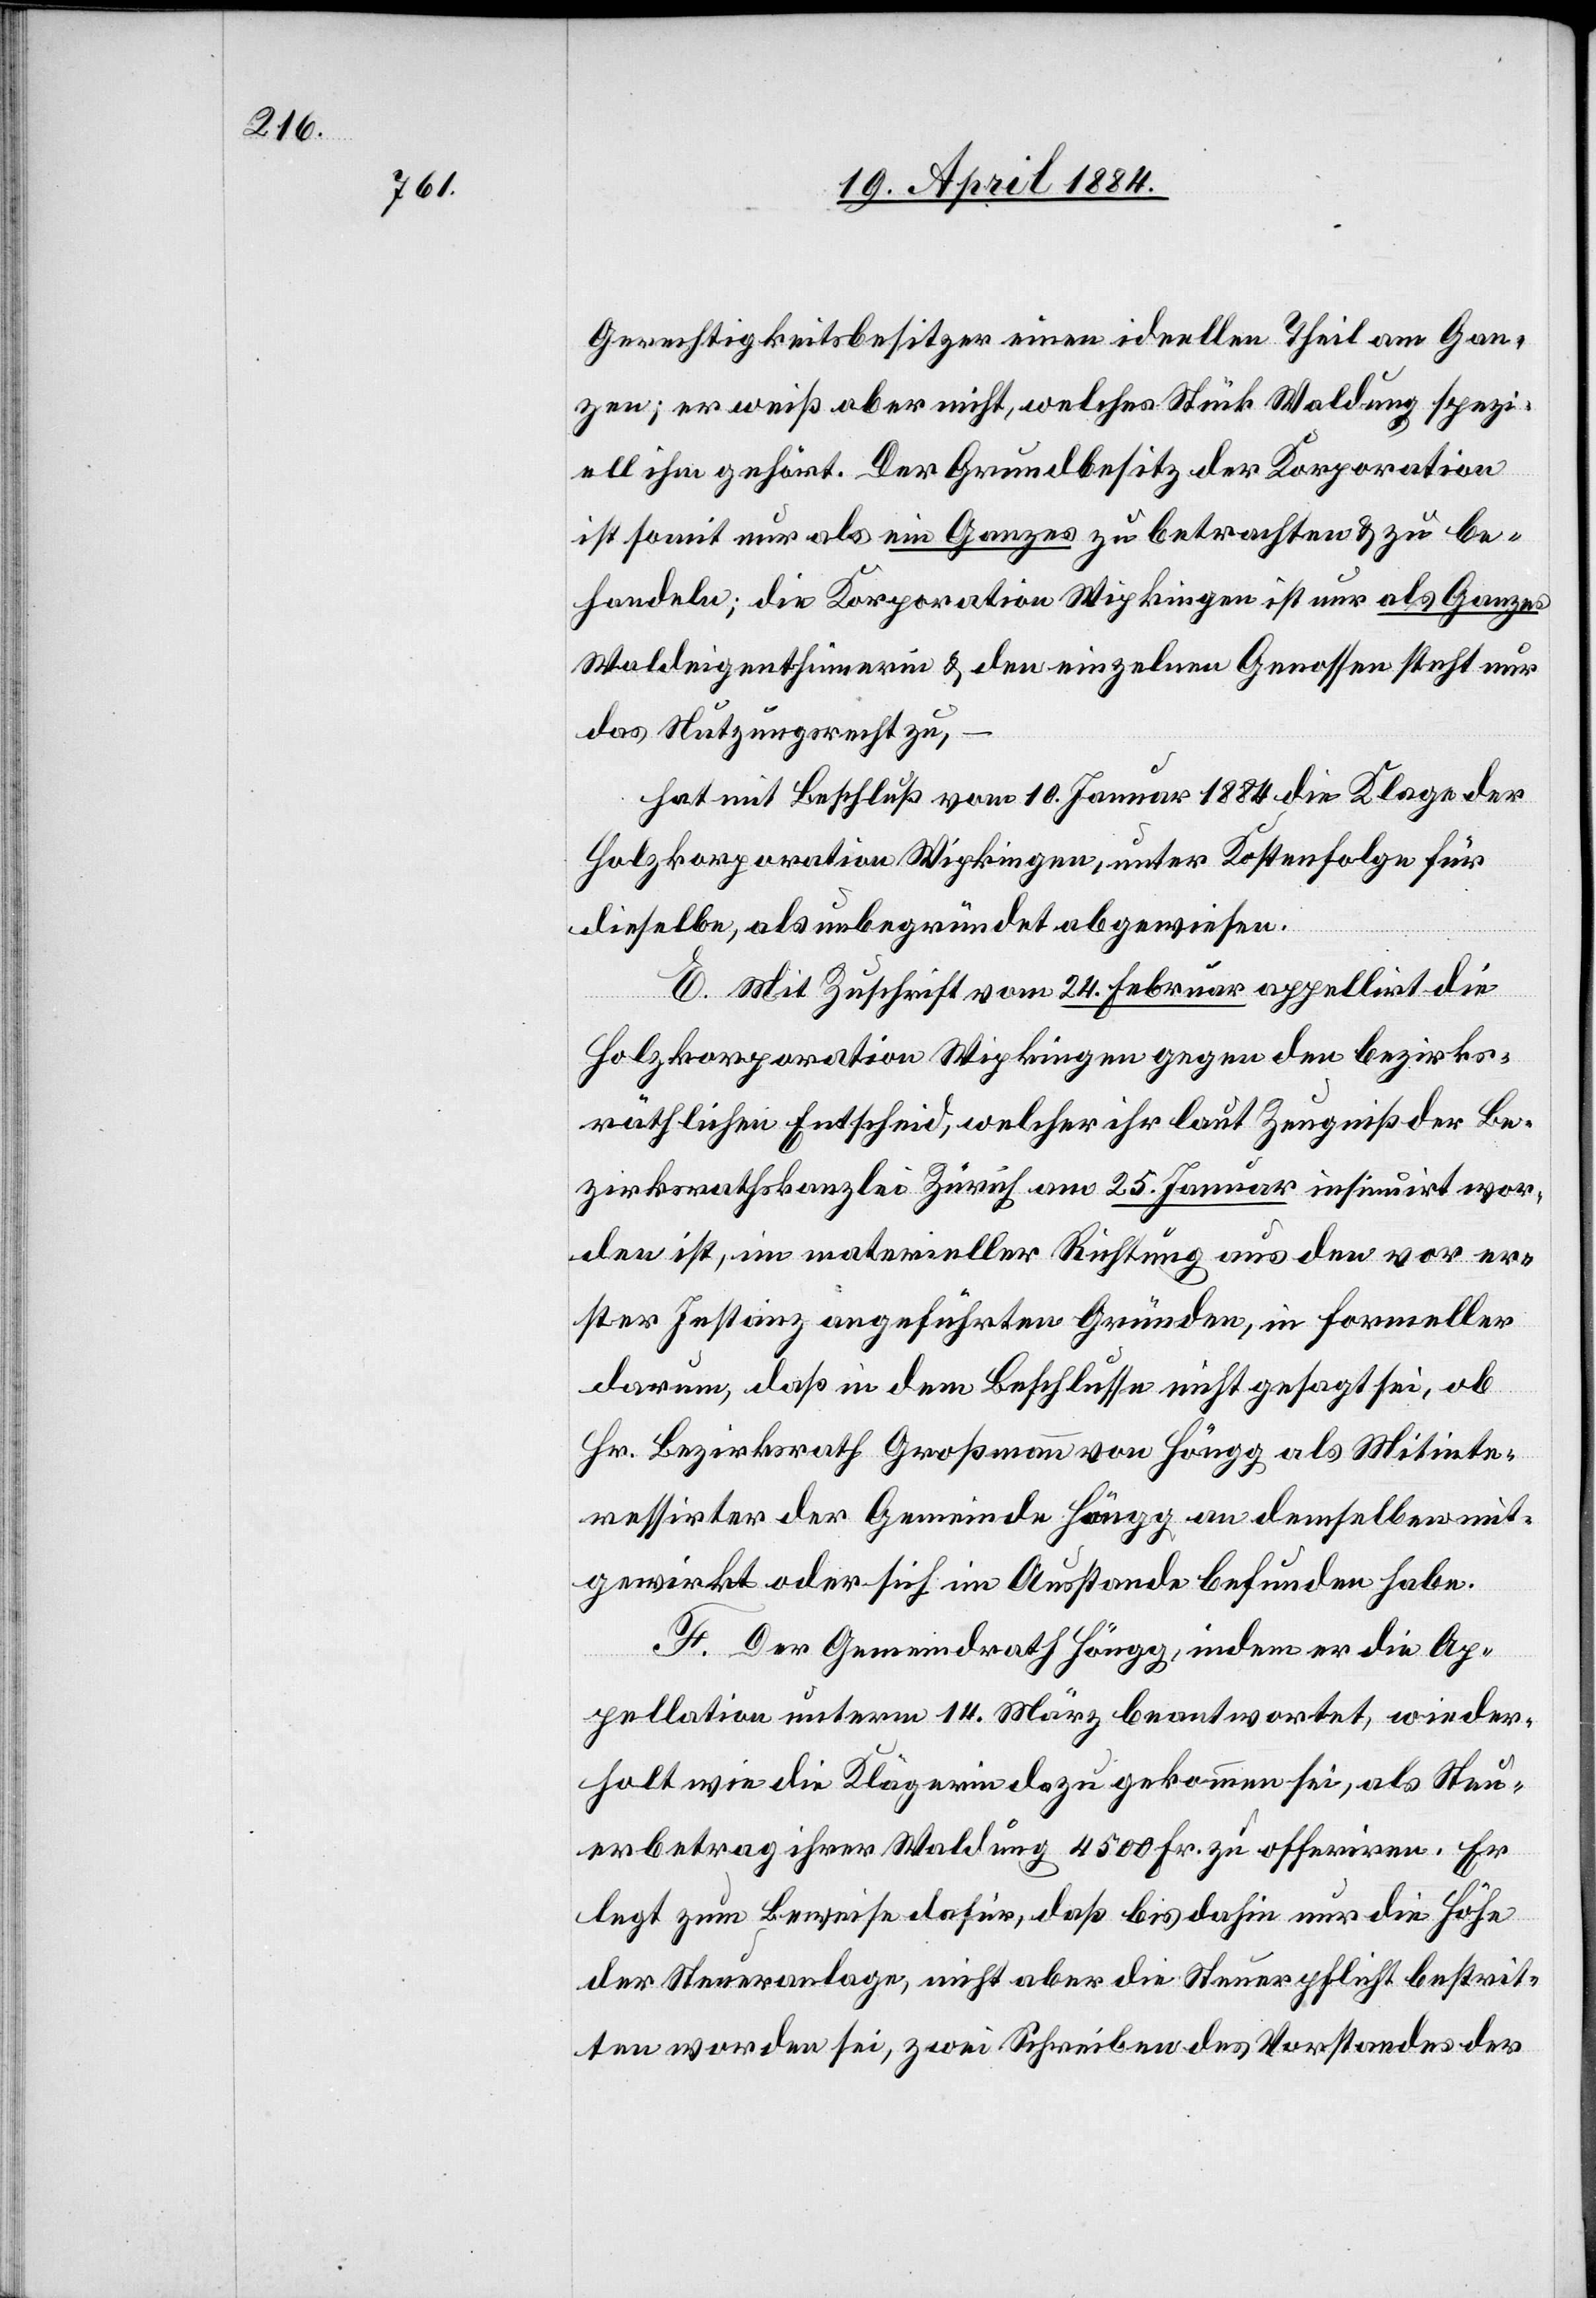
Gerechtigkeitsbesitzer einen ideellen Theil am Gan¬
zen; er weiß aber nicht, welches Stück Waldung spezi¬
ell ihm gehört. Der Grundbesitz der Korporation
ist somit nur als ein Ganzes zu betrachten & zu be¬
handeln; die Korporation Wipkingen ist nur als Ganzes
Waldeigenthümerin & den einzelnen Genossen steht nur
das Nutzungsecht zu,
hat mit Beschluß vom 10. Januar 1884 die Klage der
Holzkorporation Wipkingen, unter Kostenfolge für
dieselbe, als unbegründet abgewiesen.
E. Mit Zuschrift vom 24. Februar appellirt die
Holzkorporation Wipkingen gegen den bezirks¬
räthlichen Entscheid, welcher ihr laut Zeugniß der Be¬
zirksrathskanzlei Zürich am 25. Januar insumirt wor¬
den ist, in materieller Richtung aus den vor er¬
ster Instanz angeführten Gründen, in formeller
darum, daß in dem Beschlusse nicht gesagt sei, ob
Hr. Bezirksrath Großmann von Höngg als Mitinte¬
ressirter der Gemeinde Höngg an demselben mit¬
gewirkt oder sich im Ausstande befunden habe.
F. Der Gemeindrath Höngg, indem er die Ap¬
pellation unterm 14. März beantwortet, wieder¬
holt wie die Klägerin dazu gekommen sei, als Steu¬
erbetrag ihrer Waldung 4500 Fr. zu offeriren. Er
legt zum Beweise dafür, daß bis dahin nur die Höhe
der Steueranlage, nicht aber die Steuerpflicht bestrit¬
ten worden sei, zwei Schreiben des Vorstandes der